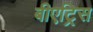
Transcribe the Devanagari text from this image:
बीएट्रिस